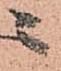
ニ